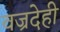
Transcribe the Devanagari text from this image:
वज्रदेही